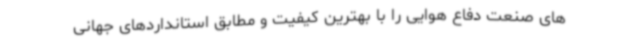
های صنعت دفاع هوایی را با بهترین کیفیت و مطابق استانداردهای جهانی